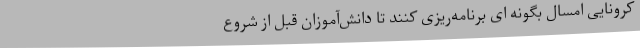
کرونایی امسال بگونه ای برنامه‌ریزی کنند تا دانش‌آموزان قبل از شروع